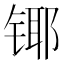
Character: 𲈍